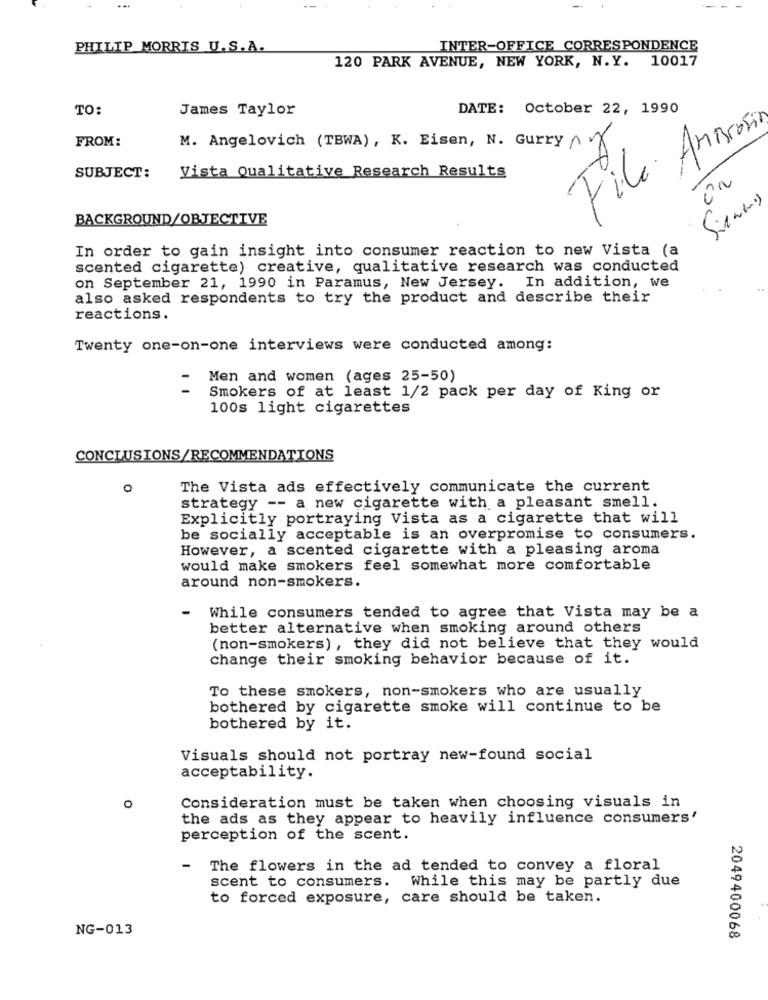
PHILIP MORRIS U.S.A.
INTER-OFFICE CORRESPONDENCE
120 PARK AVENUE, NEW YORK, N.Y. 10017
TO:
James Taylor
DATE: October 22, 1990
File Antonin
7
FROM:
M. Angelovich (TBWA), K. Eisen, N. Gurry ^ 7
1
Vista Qualitative Research Results
on
SUBJECT:
£
BACKGROUND/OBJECTIVE
In order to gain insight into consumer reaction to new Vista (a
scented cigarette) creative, qualitative research was conducted
on September 21, 1990 in Paramus, New Jersey. In addition, we
also asked respondents to try the product and describe their
reactions.
Twenty one-on-one interviews were conducted among:
Men and women (ages 25-50)
Smokers of at least 1/2 pack per day of King or
100s light cigarettes
CONCLUSIONS/RECOMMENDATIONS
0
The Vista ads effectively communicate the current
strategy -- a new cigarette with a pleasant smell.
Explicitly portraying Vista as a cigarette that will
be socially acceptable is an overpromise to consumers.
However, a scented cigarette with a pleasing aroma
would make smokers feel somewhat more comfortable
around non-smokers.
-
While consumers tended to agree that Vista may be a
better alternative when smoking around others
(non-smokers) , they did not believe that they would
change their smoking behavior because of it.
To these smokers, non-smokers who are usually
bothered by cigarette smoke will continue to be
bothered by it.
Visuals should not portray new-found social
acceptability.
O
Consideration must be taken when choosing visuals in
the ads as they appear to heavily influence consumers'
perception of the scent.
-
The flowers in the ad tended to convey a floral
scent to consumers.
While this may be partly due
to forced exposure, care should be taken.
NG-013
2049400068